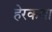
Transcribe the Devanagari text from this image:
हेरकथा